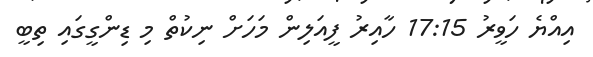
އިއްޔެ ހަވީރު 17:15 ހާއިރު ފީއަލިން މަހަށް ނިކުތް މި ޑިންގީގައި ތިބީ